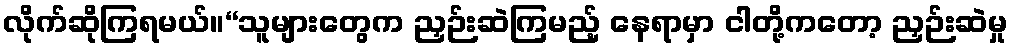
လိုက်ဆိုကြရမယ်။“သူများတွေက ညှဉ်းဆဲကြမည့် နေရာမှာ ငါတို့ကတော့ ညှဉ်းဆဲမှု